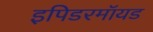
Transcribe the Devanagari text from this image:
इपिडरमॉयड